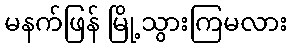
မနက်ဖြန် မြို့သွားကြမလား